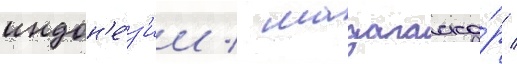
индон'е́з'ии / мадагаска́р /